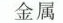
金属